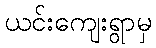
ယင်းကျေးရွာမှ